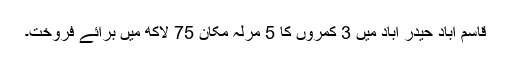
قاسم آباد حیدر آباد میں 3 کمروں کا 5 مرلہ مکان 75 لاکھ میں برائے فروخت۔